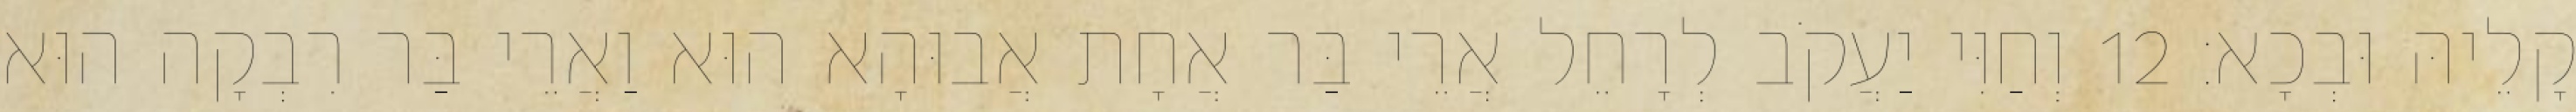
קָלֵיהּ וּבְכָא׃ 12 וְחַוִּי יַעֲקֹב לְרָחֵל אֲרֵי בַּר אֲחָת אֲבוּהָא הוּא וַאֲרֵי בַּר רִבְקָה הוּא